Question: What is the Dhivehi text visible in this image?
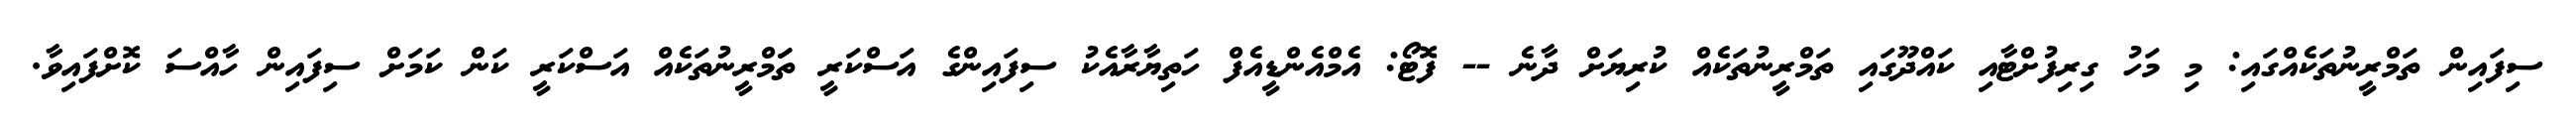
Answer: ސިފައިން ތަމްރީނުތަކެއްގައި: މި މަހު ގިރިފުށްޓާއި ކައްދޫގައި ތަމްރީނުތަކެއް ކުރިޔަށް ދާނެ -- ފޮޓޯ: އެމްއެންޑީއެފް ހަތިޔާރާއެކު ސިފައިންގެ އަސްކަރީ ތަަމްރީނުތަކެއް އަސްކަރީ ކަން ކަމަށް ސިފައިން ހާއްސަ ކޮށްފައިވާ.